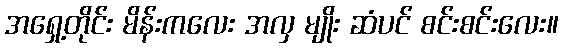
အရှေ့တိုင်း မိန်းကလေး အလှ မျိုး ဆံပင် စင်းစင်းလေး။